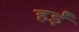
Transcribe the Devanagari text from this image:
हईं